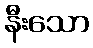
နီးသော